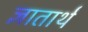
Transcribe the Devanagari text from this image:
ज्ञातार्थं